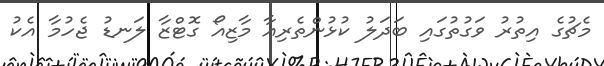
މެޗުގެ އިތުރު ވަގުތުގައި ބަދަލު ކުޅުންތެރިއާ މާޒިއޯ ގޮޓްޒާ ލަނޑު ޖެހުމާ އެކު